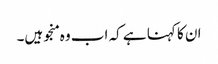
ان کا کہنا ہے کہ اب وہ منجو ہیں۔